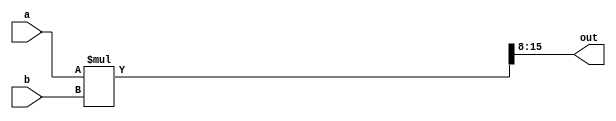
module Multiplier(a, b, out);
    input[7:0] a, b;
    output[7:0] out;
    wire[15:0] fullOut;
    assign fullOut = a * b;
    assign out = fullOut[15:8];
endmodule